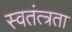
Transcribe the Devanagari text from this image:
स्वतंत्त्रता